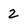
Character: 2